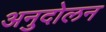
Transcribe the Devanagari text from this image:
अनुदोलन